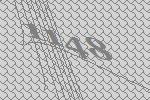
1148